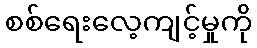
စစ်ရေးလေ့ကျင့်မှုကို